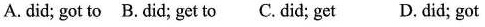
A. did; got to B. did; get to C.did; get D. did; got